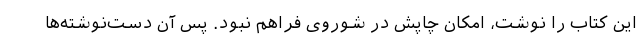
این کتاب را نوشت، امکان چاپش در شوروی فراهم نبود. پس آن دست‌نوشته‌ها